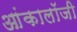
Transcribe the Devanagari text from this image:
आंकालॉजी